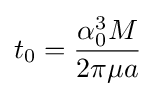
t_{0}={\frac {\alpha _{0}^{3}M}{2\pi \mu a}}